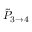
\tilde { P } _ { 3 \rightarrow 4 }